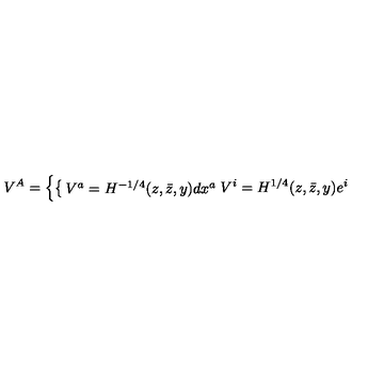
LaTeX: V ^ { A } = \left\{ \begin{cases} { V ^ { a } = H ^ { - 1 / 4 } ( z , \bar { z } , y ) d x ^ { a } } \\ { V ^ { i } = H ^ { 1 / 4 } ( z , \bar { z } , y ) e ^ { i } } \\ \end{cases} \right.